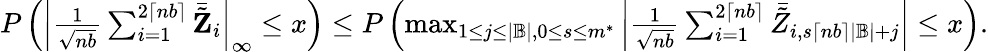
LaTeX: \begin{array}{r}{P\left(\left|\frac{1}{\sqrt{nb}}\sum_{i=1}^{2\lceil nb\rceil}\bar{\tilde{\mathbf Z}}_{i}\right|_{\infty}\leq x\right)\leq P\left(\operatorname*{max}_{1\leq j\leq|\mathbb{B}|,0\leq s\leq m^{*}}\left|\frac{1}{\sqrt{nb}}\sum_{i=1}^{2\lceil nb\rceil}\bar{\tilde{Z}}_{i,s\lceil nb\rceil|\mathbb{B}|+j}\right|\leq x\right).}\end{array}